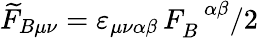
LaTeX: \widetilde{F}_{B\mu\nu}=\varepsilon_{\mu\nu\alpha\beta}\, F_{B}^{\; \, \, \alpha\beta}/2